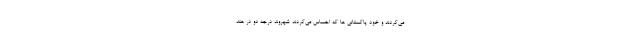
می‌کردند و خود پاکستانی ها که احساس می‌کردند شهروند درجه دو در هند